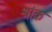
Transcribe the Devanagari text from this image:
श्रांक